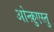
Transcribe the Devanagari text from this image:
ओन्क़ुएस्तु